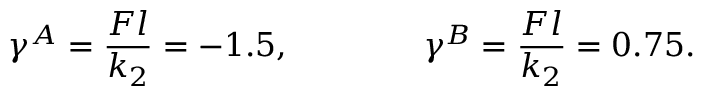
\gamma ^ { A } = \frac { F l } { k _ { 2 } } = - 1 . 5 , \qquad \qquad \gamma ^ { B } = \frac { F l } { k _ { 2 } } = 0 . 7 5 .